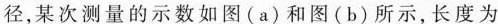
径，某次测量的示数如图(a)和图(b)所示，长度为